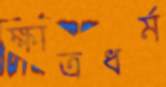
ক্ষাত্রধর্ম